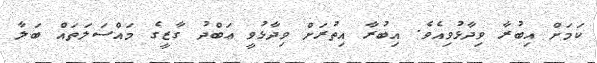
ކަމަށް އިބުރާ ވިދާޅުވިއެވެ. އިބުރާ އިތުރަށް ވިދާޅުވީ ޢަބްދު ގާޒީގެ މައްސަލަތައް ބަލާ